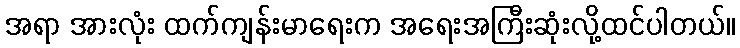
အရာ အားလုံး ထက်ကျန်းမာရေးက အရေးအကြီးဆုံးလို့ထင်ပါတယ်။